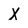
Character: X